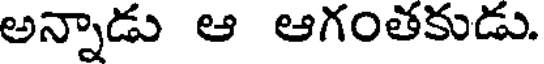
అన్నాడు ఆ ఆగంతకుడు.